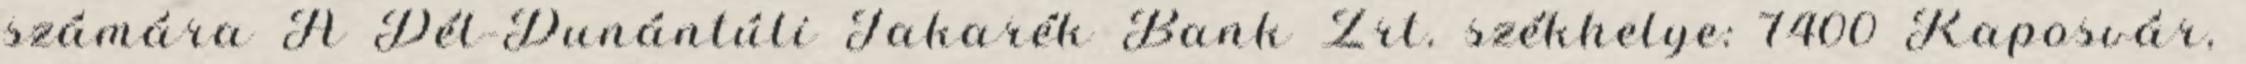
számára A Dél-Dunántúli Takarék Bank Zrt. székhelye: 7400 Kaposvár,